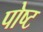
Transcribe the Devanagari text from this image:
पोष्ट